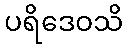
ပရိဒေဝသိ